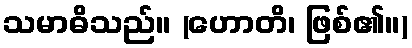
သမာဓိသည်။ (ဟောတိ၊ ဖြစ်၏။)